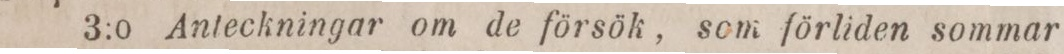
3:o Anteckningar om de försök, som förliden sommar